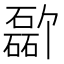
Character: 𪿸